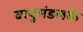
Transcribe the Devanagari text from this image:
वायुमंडलके